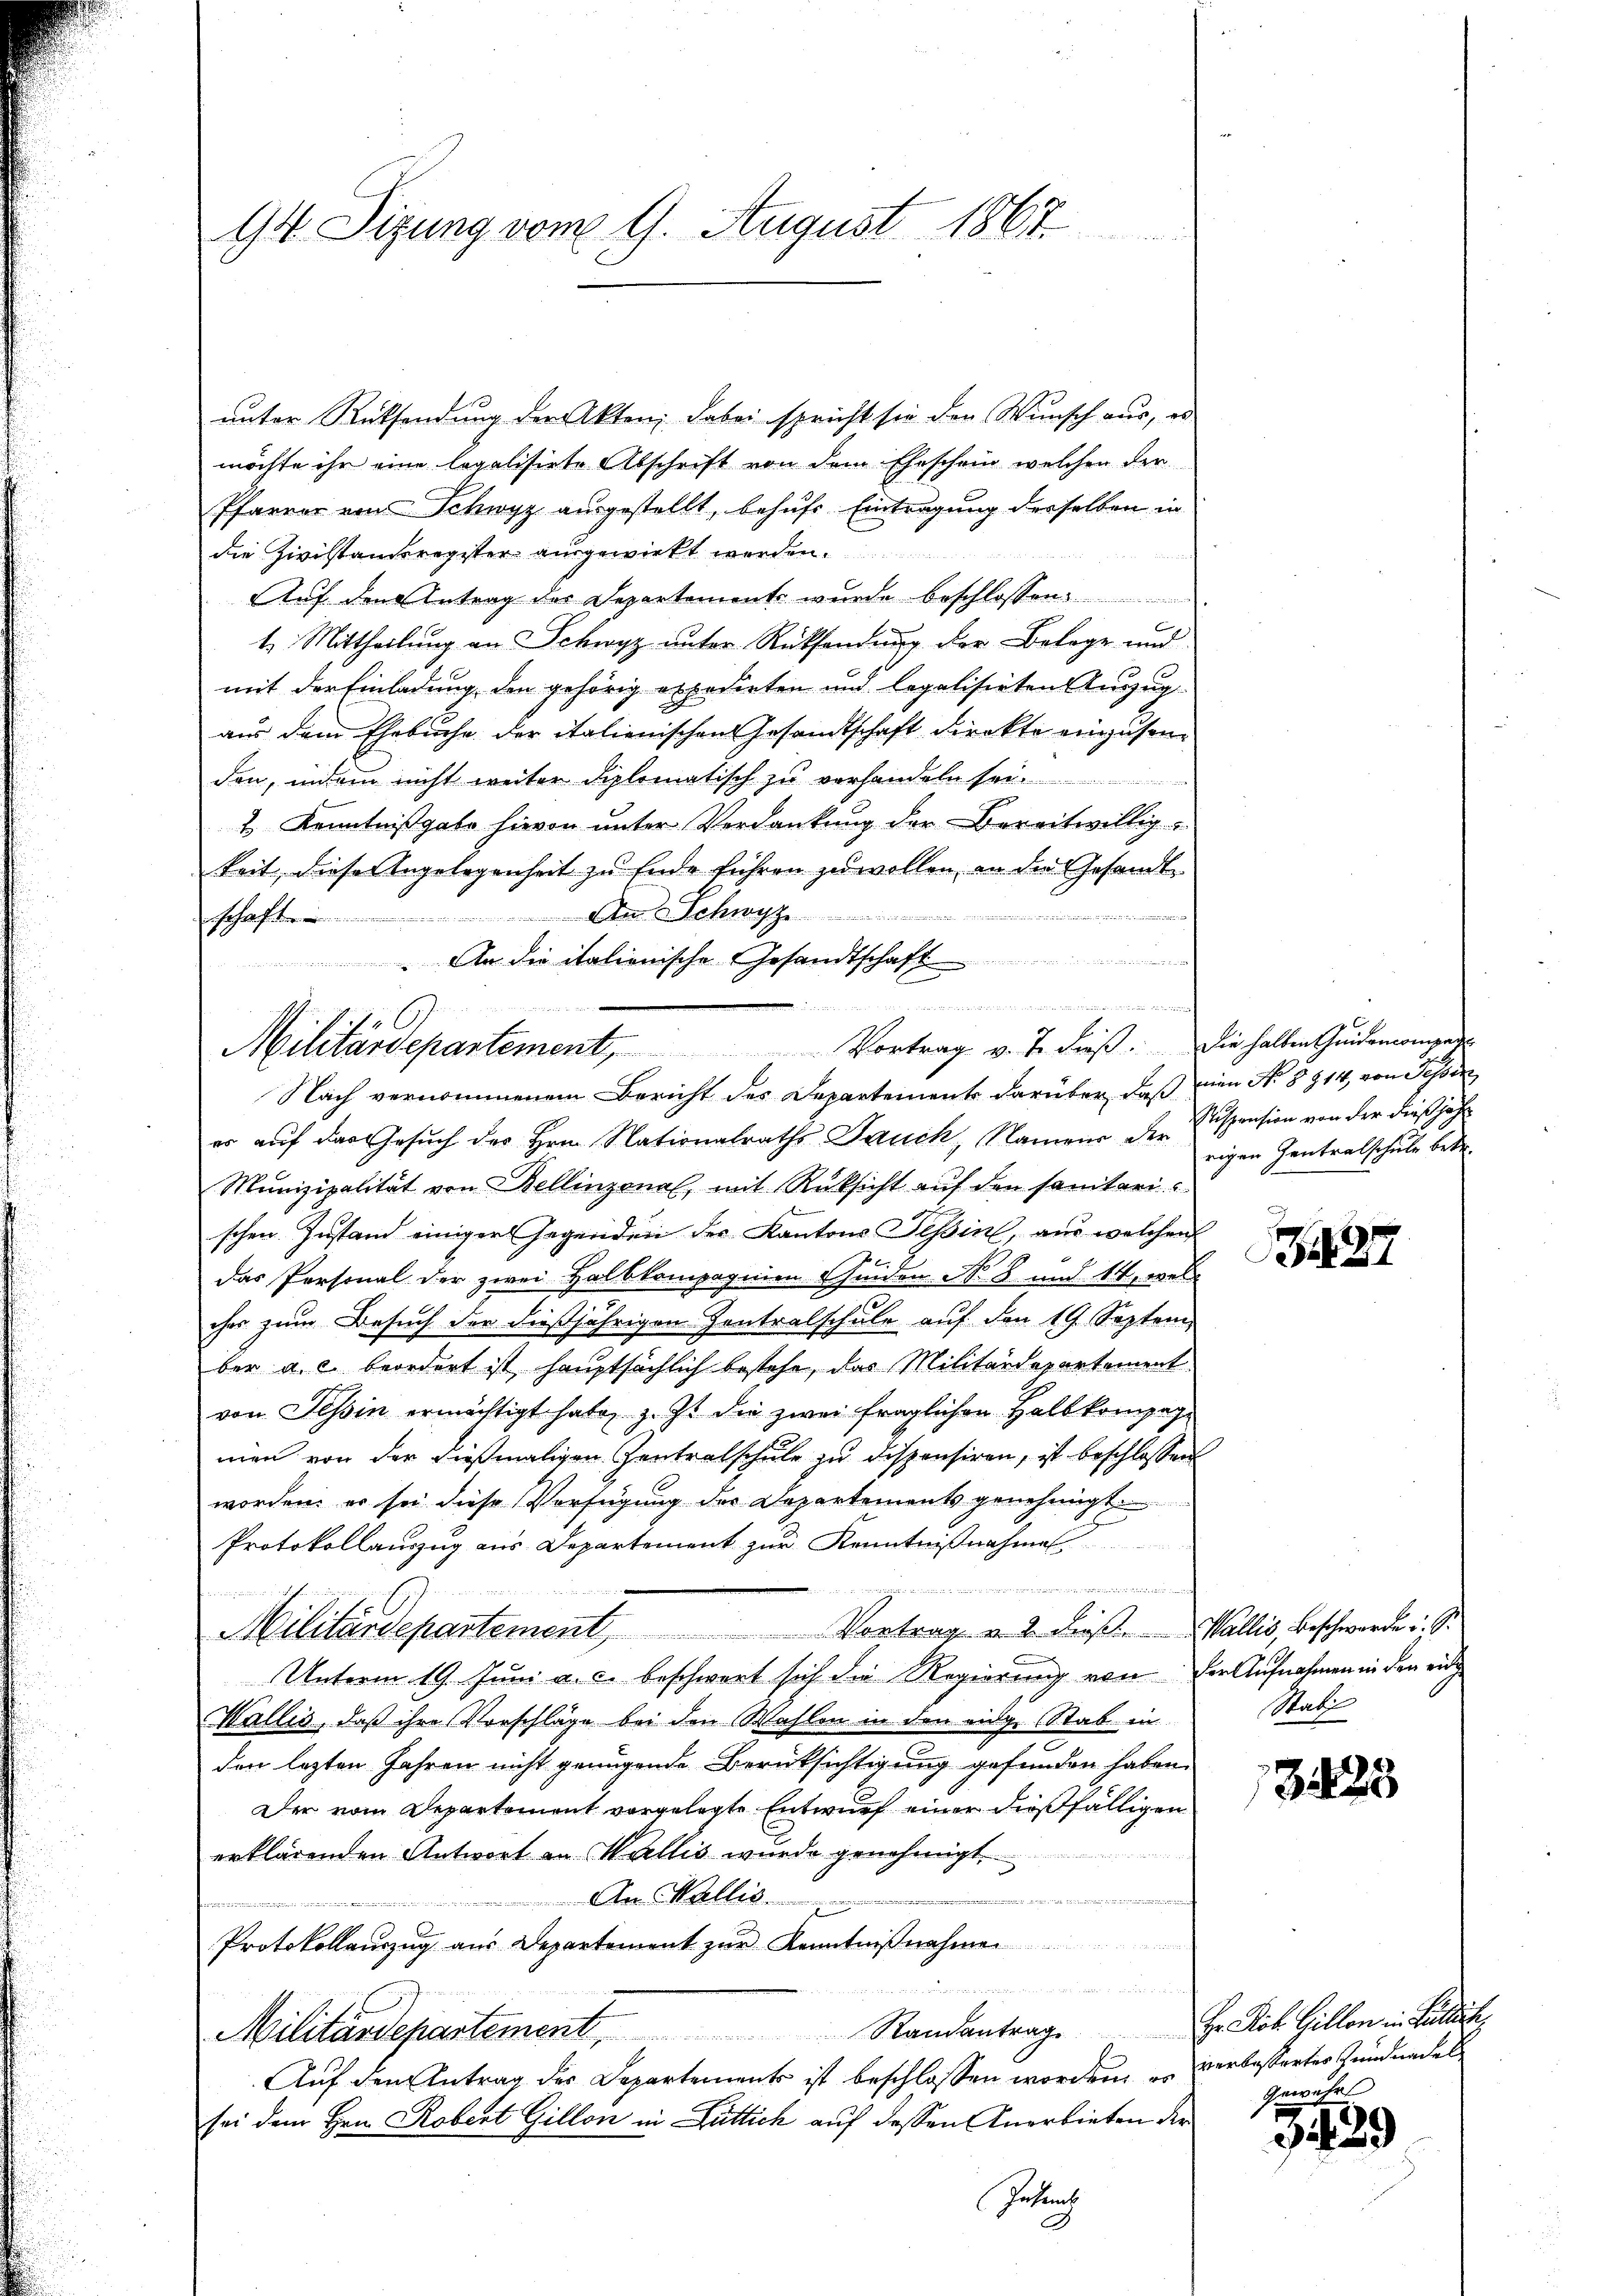
Gr. Sizung vom 9. August 1867.

unter Rücksendung der Akten; dabei spricht sie der Wunsch aus, es
möchte ihr eine legalisirte Abschrift von dem Eheschein welchen der
Pfarrer von Schwyz ausgestellt, behufs Eintragung derselben in
die Zivistandsregister ausgewirkt werden.
Auf den Antrag des Departements wurde beschlossen:
t. Mittheilŭng an Schwyz unter Rücksendŭng der Belage und
mit der Einladung den gehörig expedirten und legalisirten Auszug
aus dem Ehebuche der italienischen Gesandtschaft direkte einzusenden, indem nicht weiter diplomatisch zu verhandeln sei.
n
1 Kenntnißgabe hievon unter Verdankung der bereitwillig-
keit, dieser Angelegenheit zu Ende führen zu wollen, an die Gesandt
un in den indiren, zu werde in und immenen der in
Aber Schwyz
schaften
 An die italienische Gesandtschaft
were in eine einer uns entweder nun drinnern, in denn die seinen

Militärdepartement. Vortrag v. J. dieβ. Die halben Heidemangen
Nach vernommenem Bericht des Departements darüber, daß nien N. § 214, von Sessen

er auf das Gesuch des Hrn. Nationalraths Jauch, Namens der eigen Zentralschule betr.
Munizipalität von Bellinzonal, mit Rüksicht auf den sanitari
e
schen Zustand einiger Gegenden des Kantons Tessin, aus welchen
das Personal der zwei Halbkompagnien Guiden No 8 und 14, welcher zum Besuch der dießjährigen Zentralschule auf den 19. Septem
ber a. c. beordnet ist, hauptsächlich bestehe, das Militärdepartement
von Tessin ermächtigt habe, z. Zt. die zwei fraglichen Halbkompagmien von der dießmaligen Zentralschule zu dispensiren, ist beschlossen
worden, er sei diese Verfügung der Departements genehmigt.
Protokollauszug aus Departement zur Kenntnißnahme

5
Militärdepartement, Vortrag u. 2 dieß. Wallis, beschwerde. Si
Unterm 19. Juni a. c. beschwert sich die Regierung von der Aufnahmen in den eid
Wallis, daß ihre Vorschläge bei den Wahlen in den eige Stab in
den lezten Jahren nicht genügende Berücksichtigung gefunden haben.
Der vom Departement vorgelegte Entwurf einer dießfälligen
erklärenden Antwort an Wallis wurde genehmigt.
w
An Wallis.
 den in den de
Protokollenzug aus Departement zur Kenntnißnahmen
       den
Militärdepartement Randantrag. H. Joh. Gillon in Bedeute
Auf den Antrag des Departements ist beschlossen worden, u. verbessertes Zundnaches
sei dem Hrn. Robert Gillon in Duttich auf dessen Anerbieten der
Gutach

Stispension von der dießjähr

27

x
Stadl

323

Gewähr

429